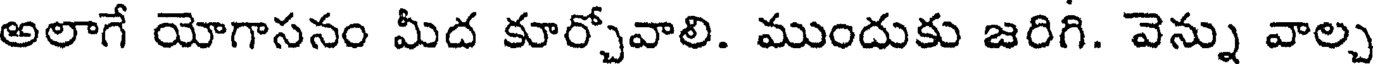
అలాగే యోగాసనం మీద కూర్చోవాలి. ముందుకు జరిగి. వెన్ను వాల్చ